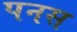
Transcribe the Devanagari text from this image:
पनस